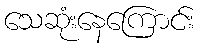
သေဆုံးနေကြောင်း